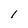
Character: 1